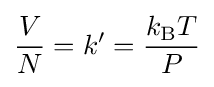
{\frac {V}{N}}=k'={\frac {k_{\text{B}}T}{P}}